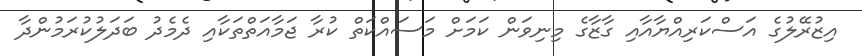
އިޒުރޭލުގެ އަސްކަރިއްޔާއާއި ގާޒާގެ މިނިވަން ކަމަށް މަސައްކަތް ކުރާ ޖަމާއަތްތަކާއި ދެމެދު ބަދަލުކުރަމުންދާ